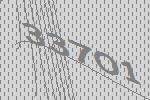
33701